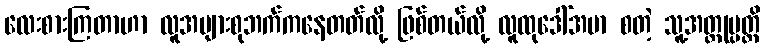
လေးစားကြတာဟာ လူအများစုဘက်ကနေတတ်လို့ ဖြစ်တယ်လို့ လူထုဒေါ်အမာ စတဲ့ သူ့အတ္ထုပ္ပတ္တိ